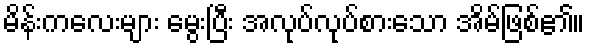
မိန်းကလေးများ မွေးပြီး အလုပ်လုပ်စားသော အိမ်ဖြစ်၏။